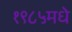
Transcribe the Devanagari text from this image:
१९८५मधे